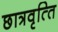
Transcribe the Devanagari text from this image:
छात्रवृत्‍ति